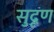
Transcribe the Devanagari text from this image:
सुदृण